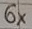
Text: 6×